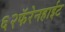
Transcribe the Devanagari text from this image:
६२फॅरेनहाईट